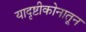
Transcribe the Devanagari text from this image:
यादृष्टीकोनातून